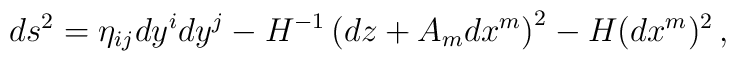
ds^{2}= \eta_{ij}dy^{i}dy^{j} -H^{-1}\left(dz +{A}_{m} dx^{m}\right)^{2} -H (dx^{m})^2\, ,